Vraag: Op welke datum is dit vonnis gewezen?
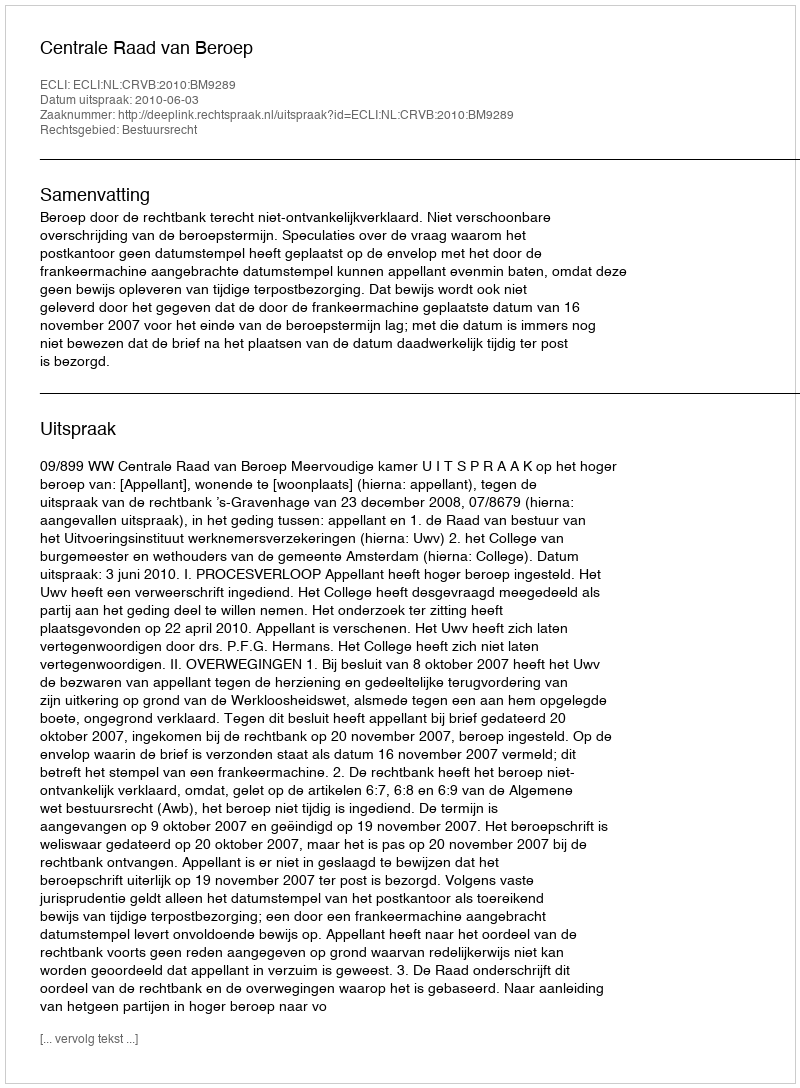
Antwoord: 2010-06-03